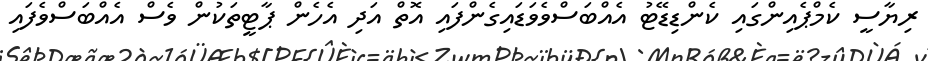
ރިޔާސީ ކެމްޕެއިންގައި ކެންޑިޑޭޓު އެއްބަސްވެވަޑައިގެންފައި އޮތް އަދި އެެހެން ޕާޓީތަކުން ވެސް އެއްބަސްވެފައި